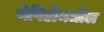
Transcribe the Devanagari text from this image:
नेपिडोमधील